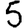
Digit: 5